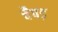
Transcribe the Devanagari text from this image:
चैपड़